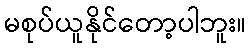
မစုပ်ယူနိုင်တော့ပါဘူး။